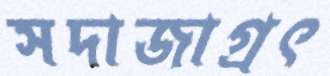
সদাজাগ্রৎ